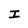
Character: I